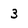
Character: 3